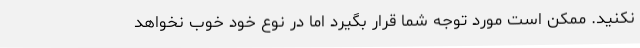
نکنید. ممکن است مورد توجه شما قرار بگیرد اما در نوع خود خوب نخواهد